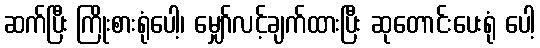
ဆက်ပြီး ကြိုးစားရုံပေါ့၊ မျှော်လင့်ချက်ထားပြီး ဆုတောင်းပေးရုံ ပေါ့